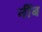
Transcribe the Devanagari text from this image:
नींब